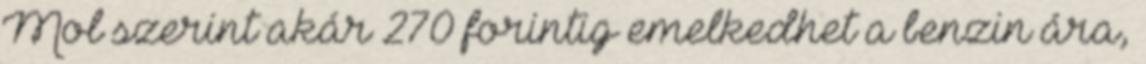
Mol szerint akár 270 forintig emelkedhet a benzin ára,